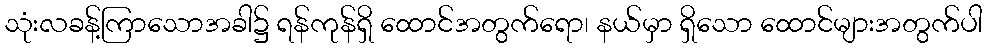
သုံးလခန့်ကြာသောအခါ၌ ရန်ကုန်ရှိ ထောင်အတွက်ရော၊ နယ်မှာ ရှိသော ထောင်များအတွက်ပါ